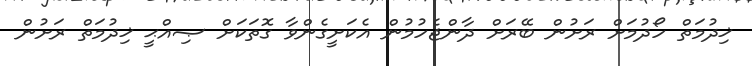
ޚިދުމަތް ހޯދުމަށް ރަށުން ބޭރަށް ދާންޖެހުމުން އެކަށީގެންވާ ގޮތަކަށް ޞިއްޙީ ޚިދުމަތް ރަށުން